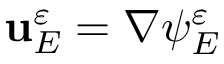
\mathbf { u } _ { E } ^ { \varepsilon } = \nabla \psi _ { E } ^ { \varepsilon }